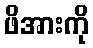
ဖိအားကို